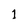
Character: l